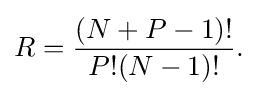
R={\frac {(N+P-1)!}{P!(N-1)!}}.\